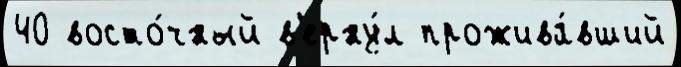
40 восто́чный в'ерну́л прожива́вший